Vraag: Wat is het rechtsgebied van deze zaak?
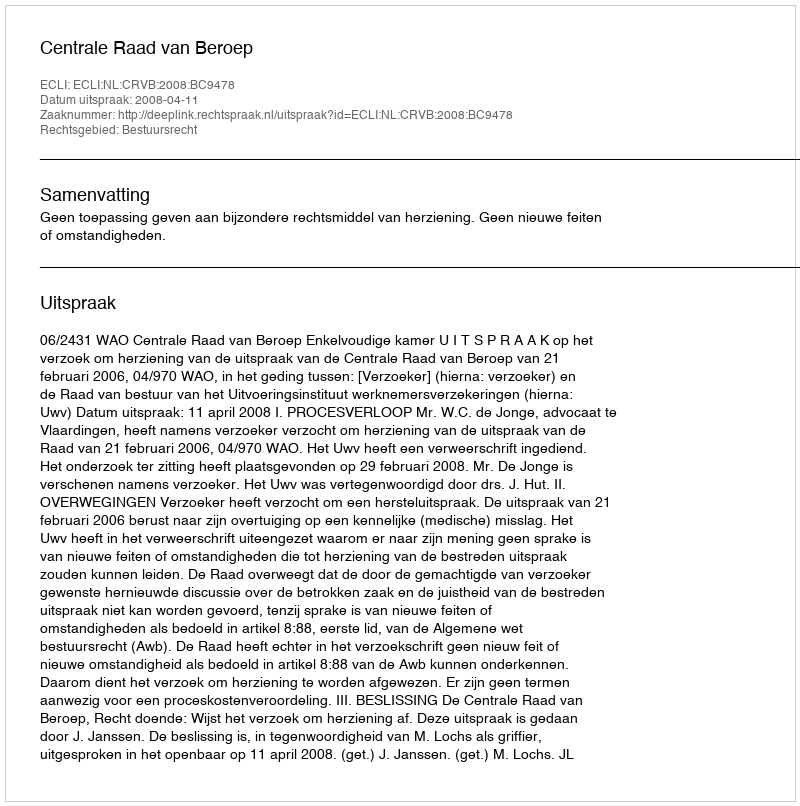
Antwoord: Bestuursrecht